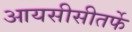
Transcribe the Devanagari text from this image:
आयसीसीतर्फे